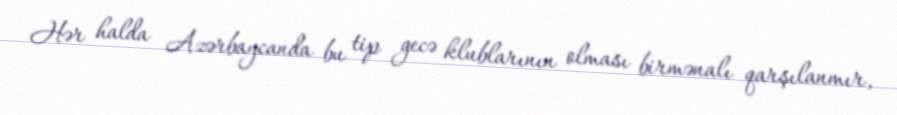
Hər halda Azərbaycanda bu tip gecə klublarının olması birmənalı qarşılanmır,